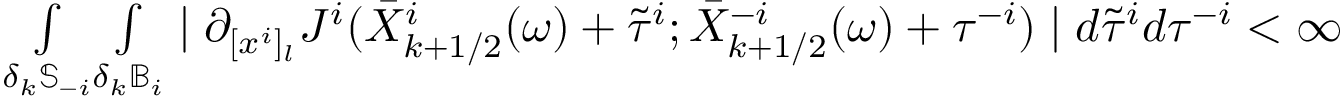
\begin{array} { r } { \underset { \delta _ { k } \mathbb { S } _ { - i } } { \int } \underset { \delta _ { k } \mathbb { B } _ { i } } { \int } \mid \partial _ { [ x ^ { i } ] _ { l } } J ^ { i } ( \Bar { X } _ { k + 1 / 2 } ^ { i } ( \omega ) + \Tilde { \tau } ^ { i } ; \Bar { X } _ { k + 1 / 2 } ^ { - i } ( \omega ) + \tau ^ { - i } ) \mid d \Tilde { \tau } ^ { i } d \tau ^ { - i } < \infty } \end{array}